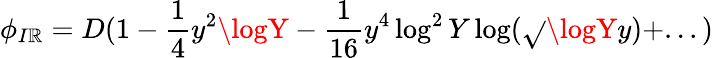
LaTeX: \phi_{I\mathbb{R}}=D(1-{\frac{{1}}{{4}}}y^{2}\logY-{\frac{{1}}{{16}}}y^{4}\log^{2}Y\log(\sqrt{}{{\logY}}y)+...)